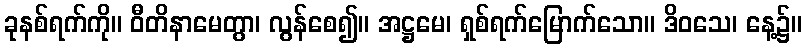
ခုနစ်ရက်ကို။ ဝီတိနာမေတွာ၊ လွန်စေ၍။ အဋ္ဌမေ၊ ရှစ်ရက်မြောက်သော။ ဒိဝသေ၊ နေ့၌။